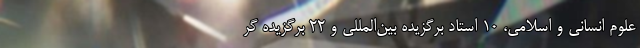
علوم انسانی و اسلامی، ۱۰ استاد برگزیده بین‌المللی و ۲۲ برگزیده گر